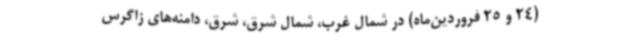
(24 و 25 فروردین‌ماه) در شمال غرب، شمال شرق، شرق، دامنه‌های زاگرس